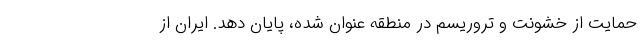
حمایت از خشونت و تروریسم در منطقه عنوان شده، پایان دهد. ایران از